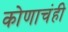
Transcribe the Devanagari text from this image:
कोणाचंही